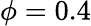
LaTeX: \phi=0.4